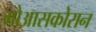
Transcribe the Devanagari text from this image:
गोआसकोरान